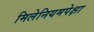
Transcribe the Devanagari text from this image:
मिलेनियमपेक्षा